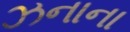
ઝનાના